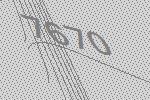
7670